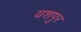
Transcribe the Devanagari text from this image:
यशपुर